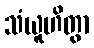
သံယူဟိတွာ